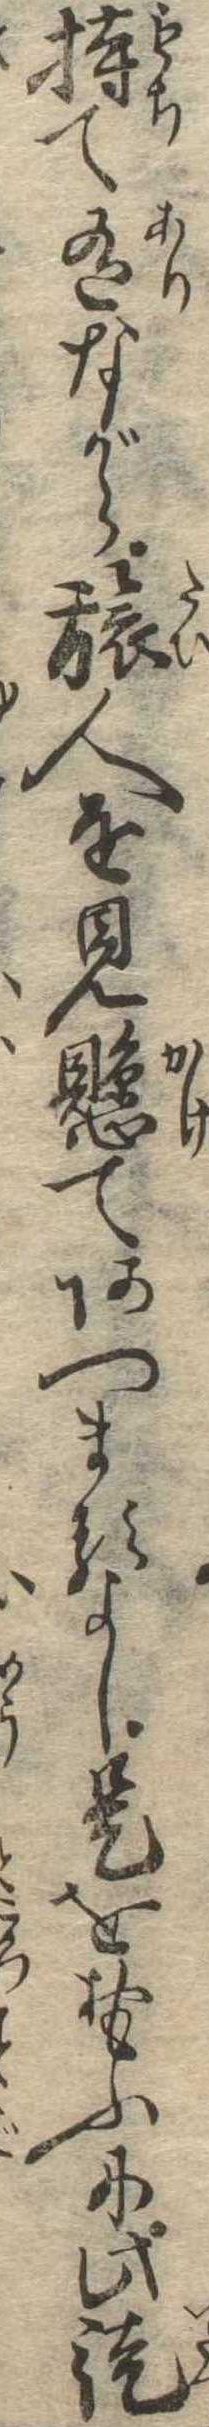
持て有ながら旅人を見懸てあつまるよし是をおもふに此徒